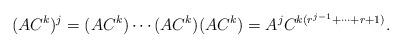
LaTeX: \begin{align*}(AC^k)^j=(AC^k)\cdots(AC^k)(AC^k)=A^{j}C^{k(r^{j-1}+\cdots+r+1)}.\end{align*}